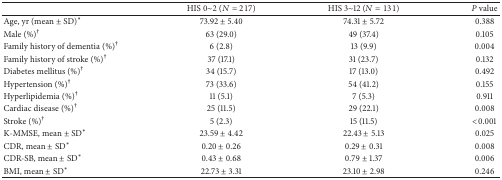
|  | HIS 0~2 (N = 217) | HIS 3~12 (N = 131) | P value |
 | --- | --- | --- | --- |
 | Age, yr (mean ± SD)∗ | 73.92 ± 5.40 | 74.31 ± 5.72 | 0.388 |
 | Male (%)† | 63 (29.0) | 49 (37.4) | 0.105 |
 | Family history of dementia (%)† | 6 (2.8) | 13 (9.9) | 0.004 |
 | Family history of stroke (%)† | 37 (17.1) | 31 (23.7) | 0.132 |
 | Diabetes mellitus (%)† | 34 (15.7) | 17 (13.0) | 0.492 |
 | Hypertension (%)† | 73 (33.6) | 54 (41.2) | 0.155 |
 | Hyperlipidemia (%)† | 11 (5.1) | 7 (5.3) | 0.911 |
 | Cardiac disease (%)† | 25 (11.5) | 29 (22.1) | 0.008 |
 | Stroke (%)† | 5 (2.3) | 15 (11.5) | <0.001 |
 | K-MMSE, mean ± SD∗ | 23.59 ± 4.42 | 22.43 ± 5.13 | 0.025 |
 | CDR, mean ± SD∗ | 0.20 ± 0.26 | 0.29 ± 0.31 | 0.008 |
 | CDR-SB, mean ± SD∗ | 0.43 ± 0.68 | 0.79 ± 1.37 | 0.006 |
 | BMI, mean ± SD∗ | 22.73 ± 3.31 | 23.10 ± 2.98 | 0.246 |